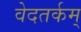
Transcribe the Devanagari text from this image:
वेदतर्कम्